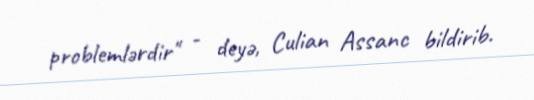
problemlərdir" - deyə, Culian Assanc bildirib.